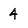
Character: 4